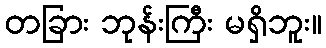
တခြား ဘုန်းကြီး မရှိဘူး။